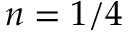
n = 1 / 4